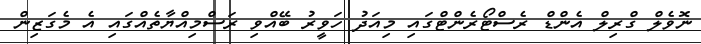
ނޮވެލް ގްރިލް އެންޑް ރެސްޓޯރެންޓްގައި މިއަދު ހަވީރު ބޭއްވި ރަސްމިއްޔާތެއްގައި އެ މެގަޒިން